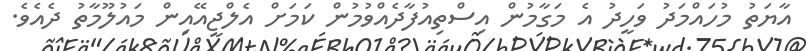
އާޔަތު މުހައްމަދު ވަހީދު އެ މަގާމުން އިސްތިއުފާދެއްވުމުން ކަމަށް އެލްޖީއޭއިން މައުލޫމާތު ދެއެވެ.